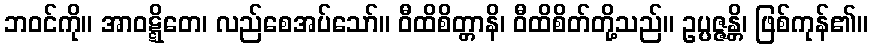
ဘဝင်ကို။ အာဝဋ္ဋိတေ၊ လည်စေအပ်သော်။ ဝီထိစိတ္တာနိ၊ ဝီထိစိတ်တို့သည်။ ဥပ္ပဇ္ဇန္တိ၊ ဖြစ်ကုန်၏။